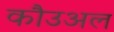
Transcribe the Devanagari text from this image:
कौउअल